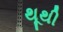
થૂથી